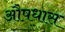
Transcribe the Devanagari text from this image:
औषधास